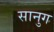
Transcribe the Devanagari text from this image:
सानुग